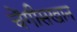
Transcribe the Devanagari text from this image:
चेंगीसखान